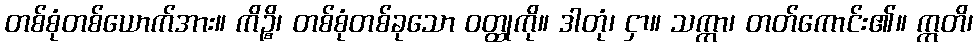
တစ်စုံတစ်ယောက်အား။ ကိဉ္စိ၊ တစ်စုံတစ်ခုသော ဝတ္ထုကို။ ဒါတုံ၊ ငှာ။ သက္ကာ၊ တတ်ကောင်း၏။ ဣတိ၊